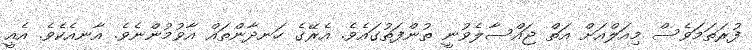
ފުރަތަމަވެސް މިއަލްއަށް އަތް ޖައްސާލެވުނީ ތުންފަތުގައެވެ. އެރޭގެ ހަނދާންތައް އާވުމުންނެވެ. އާނއެކެވެ. އެއީ